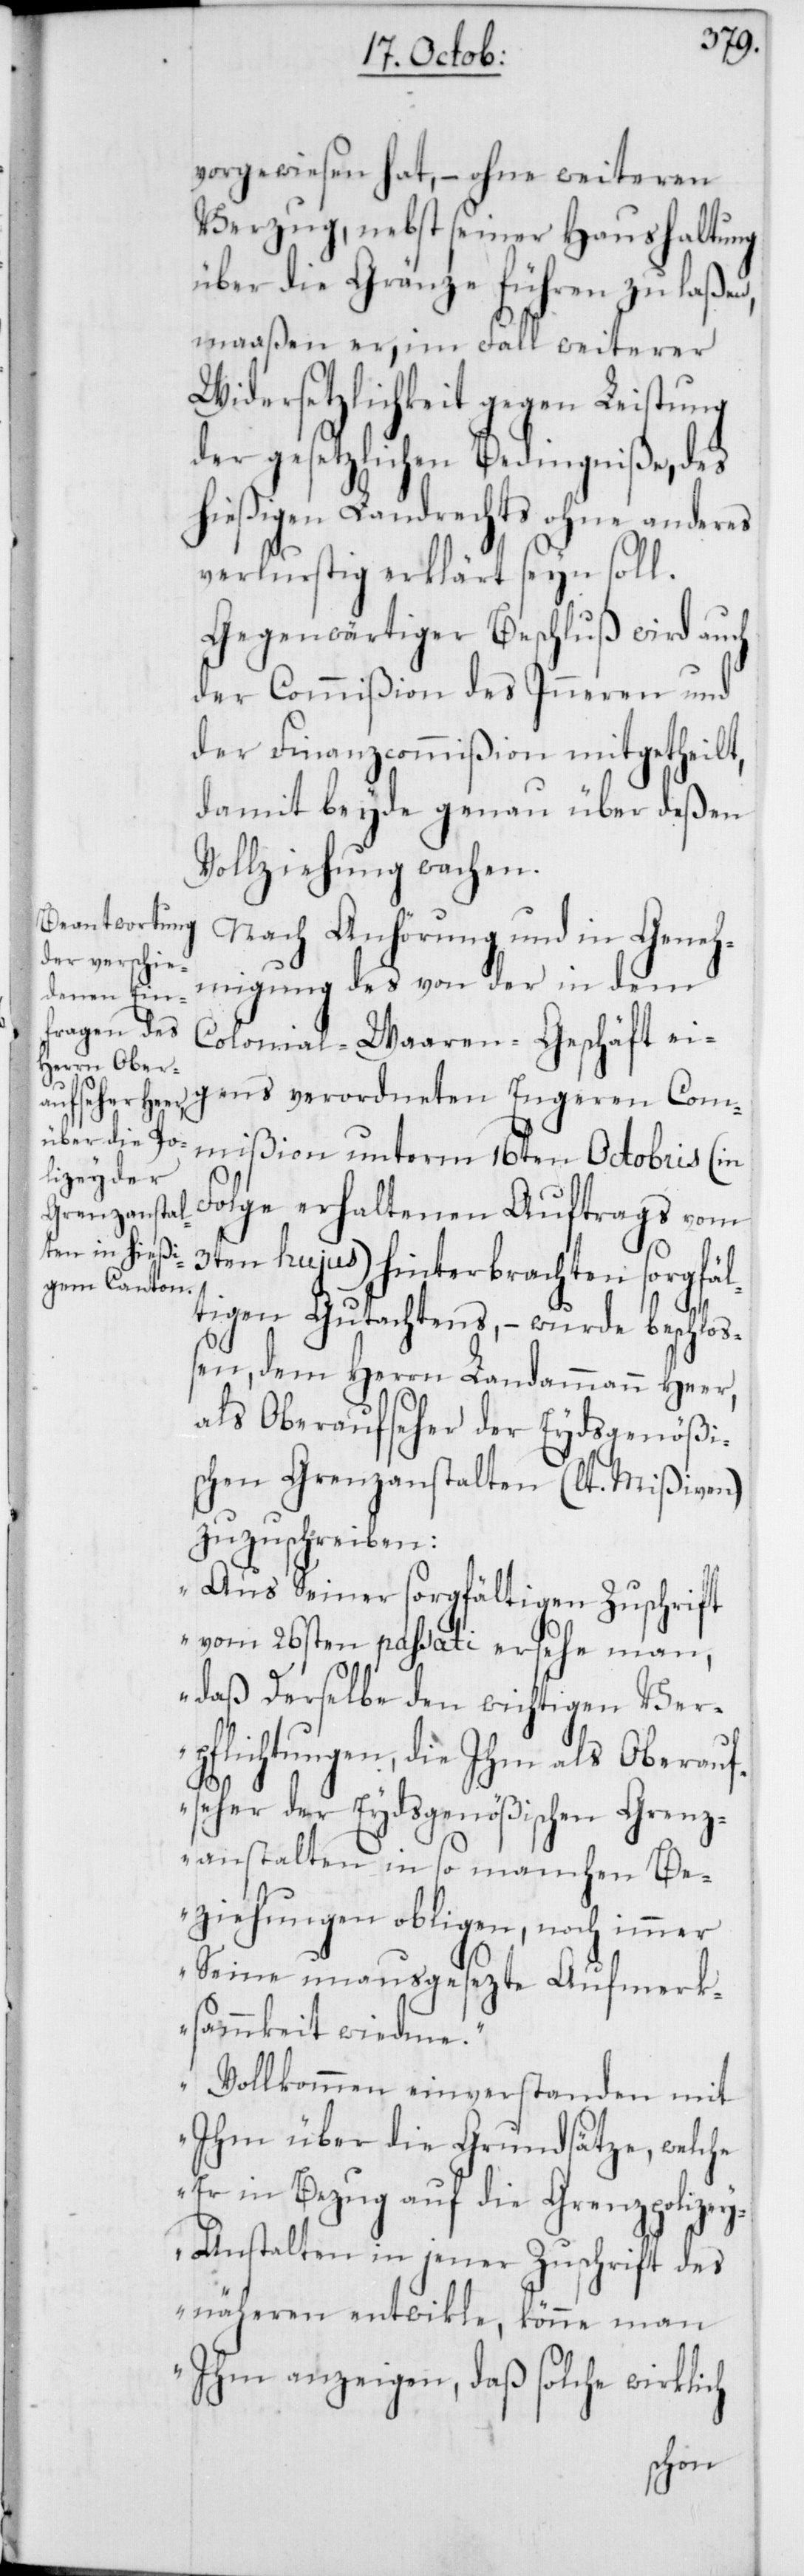
vorgewiesen hat, – ohne weiteren
Verzug, nebst seiner Haushaltung
über die Gränze führen zu laßen,
maaßen er, im Fall weiterer
Widersetzlichkeit gegen Leistung
der gesetzlichen Bedingniße, des
hießigen Landrechts ohne anderes
verlustig erklärt seyn soll.
Gegenwärtiger Beschluß wird auch
der Commißion des Inneren und
der Finanzcommißion mitgetheilt,
damit beyde genau über deßen
Vollziehung wachen.
Nach Anhörung und in Geneh¬
migung des von der in dem
Colonial-Waaren-Geschäft ei¬
gens verordneten Engeren Com¬
mißion unterm 16ten Octobris (in
Folge erhaltenen Auftrags vom
3ten hujus) hinterbrachten sorgfäl¬
tigen Gutachtens, – wurde beschloß¬
en, dem Herrn Landammann Heer,
als Oberaufseher der Eydsgenößi¬
schen Grenzanstalten (lt. Mißiven)
zuzuschreiben:
„Aus seiner sorgfältigen Zuschrift
vom 26sten passati ersehe man,
daß derselbe den wichtigen Ver¬
pflichtungen, die ihm als Oberauf¬
seher der Eydsgenößischen Grenz¬
anstalten in so manchen Be¬
ziehungen obliegen, noch immer
Seine unausgesezte Aufmerk¬
sammkeit widme.
Vollkommen einverstanden mit
ihm über die Grundsätze, welche
er in Bezug auf die Grenzpolize¬
y-Anstalten in jener Zuschrift des
näheren entwikle, könne man
Ihm anzeigen, daß solche wirklich